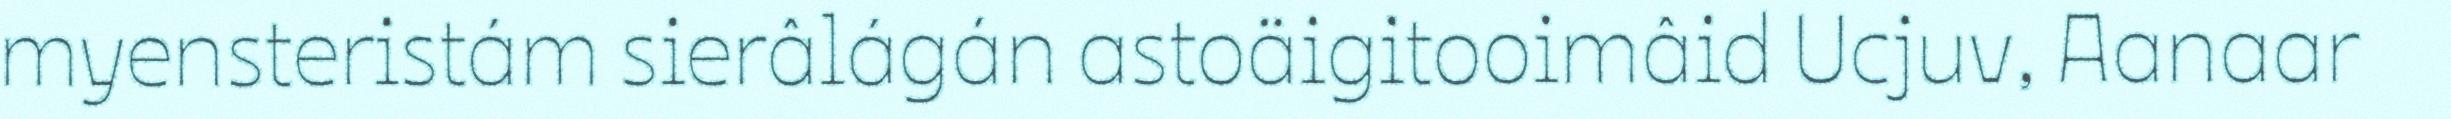
myensteristám sierâlágán astoäigitooimâid Ucjuv, Aanaar